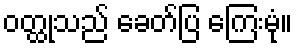
ဝတ္ထုသည် ခေတ်ပြ ကြေးမုံ။